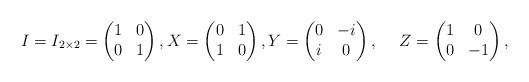
\begin{align*}I=I_{2 \times 2}=\begin{pmatrix}1 & 0\\0 & 1\end{pmatrix}, X=\begin{pmatrix}0 & 1\\1 & 0\end{pmatrix}, Y=\begin{pmatrix}0 & -i\\i & 0\end{pmatrix}, ~~ ~~Z=\begin{pmatrix}1 & 0\\0 & -1\end{pmatrix},\end{align*}